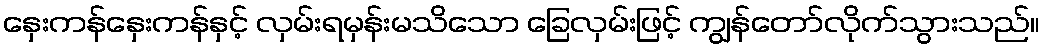
နှေးကန်နှေးကန်နှင့် လှမ်းရမှန်းမသိသော ခြေလှမ်းဖြင့် ကျွန်တော်လိုက်သွားသည်။